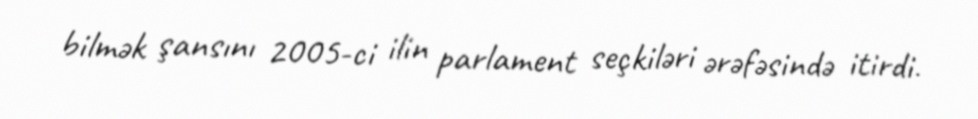
bilmək şansını 2005-ci ilin parlament seçkiləri ərəfəsində itirdi.